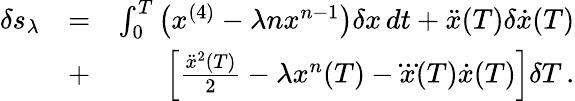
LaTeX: \begin{array}{rlr}{\delta s_{\lambda}}&{=}&{\int_{0}^{T}\left(x^{(4)}-\lambda nx^{n-1}\right)\delta x\, dt+\ddot{x}(T)\delta\dot{x}(T)}\\ &{+}&{\left[\frac{\ddot{x}^{2}(T)}{2}-\lambda x^{n}(T)-\dddot{x}(T)\dot{x}(T)\right]\delta T\, .}\end{array}